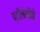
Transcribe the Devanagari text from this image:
प्टॉलेमीने